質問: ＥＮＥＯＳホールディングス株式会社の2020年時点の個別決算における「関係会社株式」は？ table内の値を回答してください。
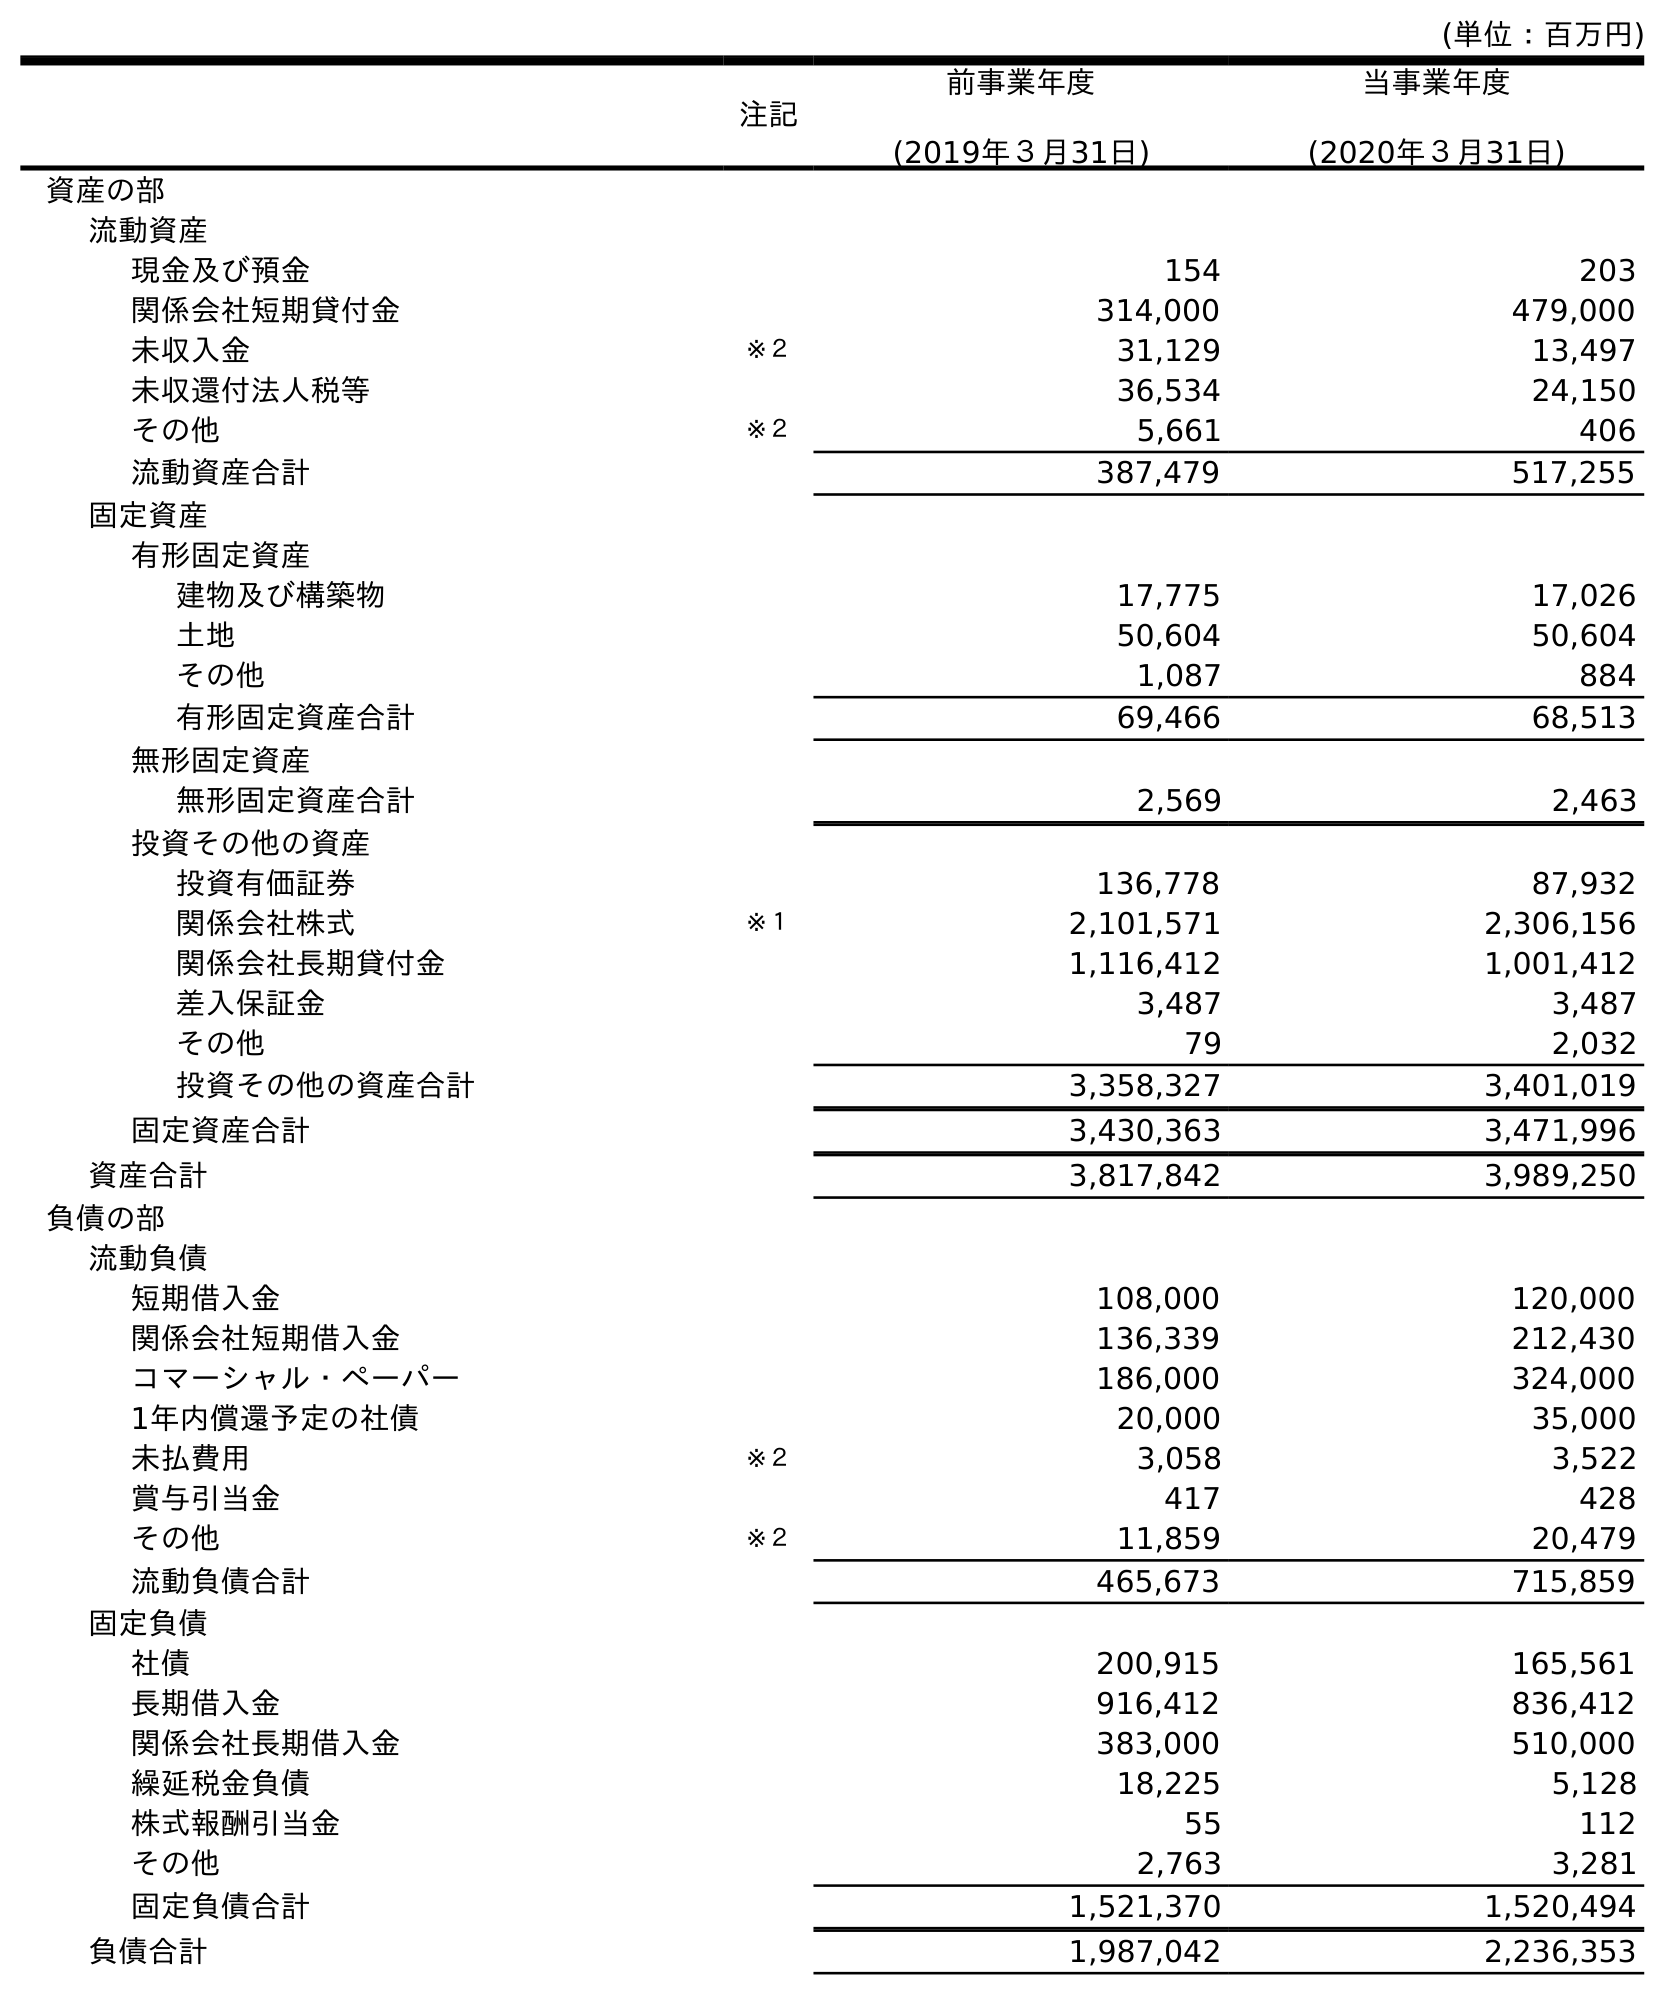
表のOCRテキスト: (単位：百万円) 注記 前事業年度 (2019年３月31日) 当事業年度 (2020年３月31日) 資産の部 流動資産 現金及び預金 154 203 関係会社短期貸付金 314,000 479,000 未収入金 ※２ 31,129 13,497 未収還付法人税等 36,534 24,150 その他 ※２ 5,661 406 流動資産合計 387,479 517,255 固定資産 有形固定資産 建物及び構築物 17,775 17,026 土地 50,604 50,604 その他 1,087 884 有形固定資産合計 69,466 68,513 無形固定資産 無形固定資産合計 2,569 2,463 投資その他の資産 投資有価証券 136,778 87,932 関係会社株式 ※１ 2,101,571 2,306,156 関係会社長期貸付金 1,116,412 1,001,412 差入保証金 3,487 3,487 その他 79 2,032 投資その他の資産合計 3,358,327 3,401,019 固定資産合計 3,430,363 3,471,996 資産合計 3,817,842 3,989,250 負債の部 流動負債 短期借入金 108,000 120,000 関係会社短期借入金 136,339 212,430 コマーシャル・ペーパー 186,000 324,000 1年内償還予定の社債 20,000 35,000 未払費用 ※２ 3,058 3,522 賞与引当金 417 428 その他 ※２ 11,859 20,479 流動負債合計 465,673 715,859 固定負債 社債 200,915 165,561 長期借入金 916,412 836,412 関係会社長期借入金 383,000 510,000 繰延税金負債 18,225 5,128 株式報酬引当金 55 112 その他 2,763 3,281 固定負債合計 1,521,370 1,520,494 負債合計 1,987,042 2,236,353
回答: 2,306,156